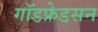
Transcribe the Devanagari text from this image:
गॉडफ्रेडसन